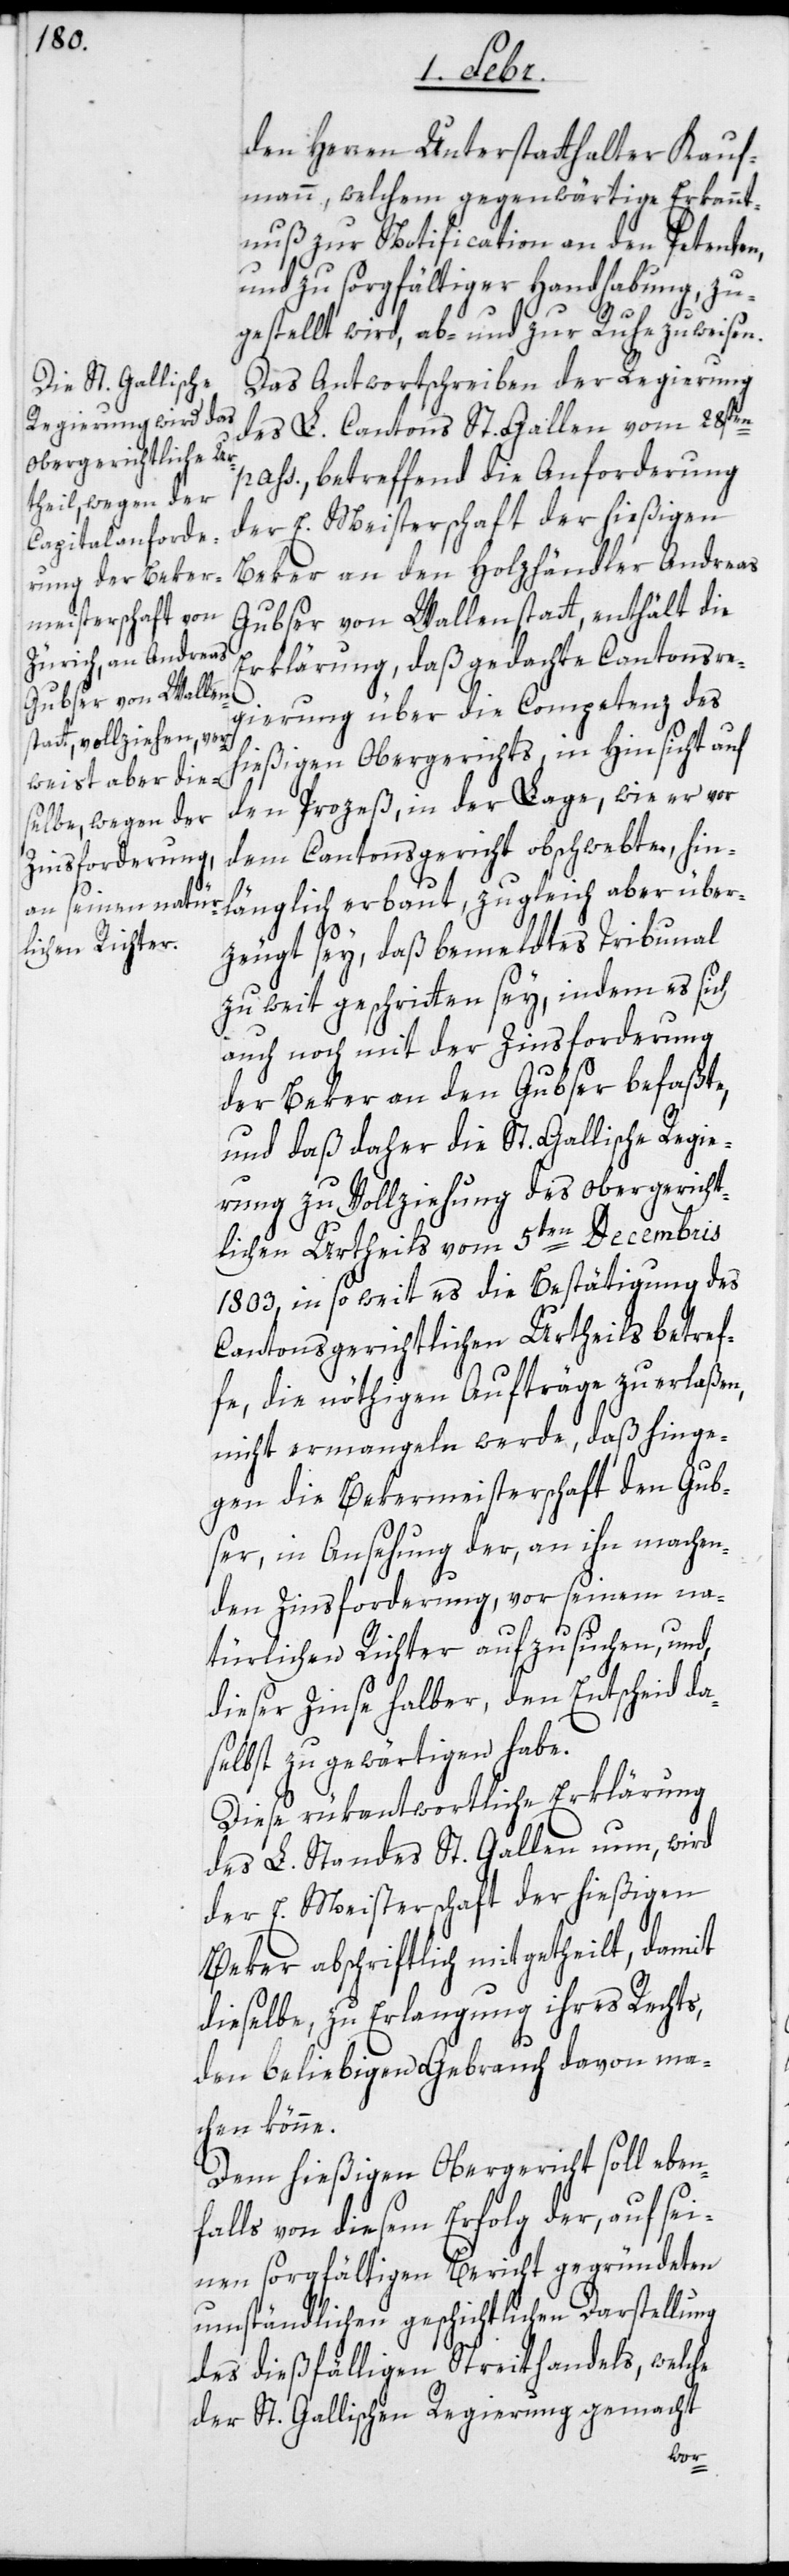
den Herren Unterstatthalter Kauf¬
mann, welchem gegenwärtige Erkannt¬
nuß zur Notification an den Petenten,
und zu sorgfältiger Handhabung, zu¬
gestellt wird, ab- und zur Ruhe zu weisen.
Das Antwortschreiben der Regierung
des L. Cantons St. Gallen vom 28sten
pass., betreffend die Anforderung
der E. Meisterschaft der hießigen
Beker an den Holzhändler Andreas
Gubser von Wallenstatt, enthält die
Erklärung, daß gedachte Cantonsre¬
gierung über die Competenz des
hießigen Obergerichts in Hinsicht auf
den Proceß, in der Lage, wie er vor
dem Cantonsgericht obschwebte, hin¬
länglich erbaut, zugleich aber über¬
zeugt sey, daß bemeldtes Tribunal
zu weit geschritten sey, indem es sich
auch noch mit der Zinsforderung
der Beker an den Gubser befaßte,
und daß daher die St. Gallische Regie¬
rung zu Vollziehung des obergericht¬
lichen Urtheils vom 5ten Decembris
1803, insoweit es die Bestätigung des
Cantonsgerichtlichen Urtheils betref¬
fe, die nöthigen Aufträge zu erlaßen,
nicht ermangeln werde, daß hinge¬
gen die Bekermeisterschaft den Gub¬
ser, in Ansehung der, an ihn machen¬
den Zinsforderung, vor seinem na¬
türlichen Richter aufzusuchen, und,
dieser Zinse halber, den Entscheid da¬
selbst zu gewärtigen habe.
Diese rükantwortliche Erklärung
des L. Standes St. Gallen nun, wird
der E. Meisterschaft der hießigen
Beker abschriftlich mitgetheilt, damit
dieselbe, zu Erlangung ihres Rechts,
den beliebigen Gebrauch davon ma¬
chen könne.
Dem hießigen Obergericht soll eben¬
falls von diesem Erfolg der auf sei¬
nen sorgfältigen Bericht gegründeten
umständlichen geschichtlichen Darstellung
des dießfälligen Streithandels, welche
der St. Gallischen Regierung gemacht